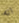
انه